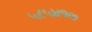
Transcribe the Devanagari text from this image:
५८५४१७